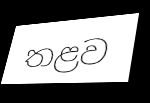
තළව